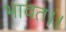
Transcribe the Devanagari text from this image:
भावत।।